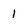
Character: 1